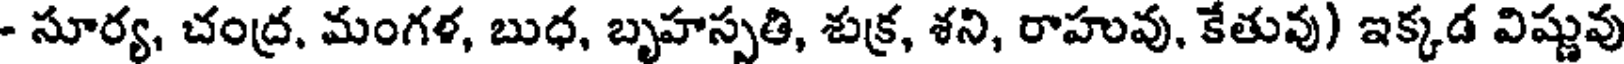
- సూర్య, చంద్ర, మంగళ, బుధ, బృహస్పతి, శుక్ర, శని, రాహువు, కేతువు) ఇక్కడ విష్ణువు